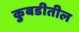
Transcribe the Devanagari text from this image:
कुबडीतील